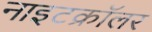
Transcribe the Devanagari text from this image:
नाइटक्रॉलर